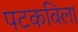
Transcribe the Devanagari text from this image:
पटकविला